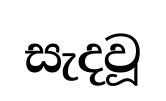
සැදවූ